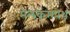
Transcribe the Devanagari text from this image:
मैलकमपेथ